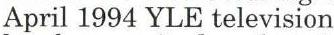
April 1994 YLE television